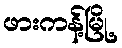
ဖားကန့်မြို့